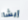
إيشا